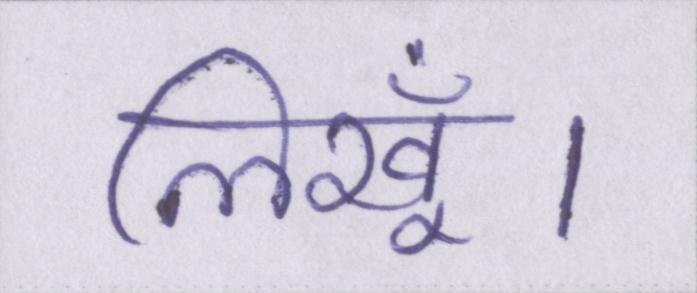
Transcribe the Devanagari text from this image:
लिखूँ।